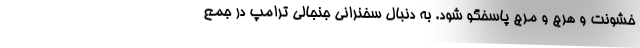
خشونت و هرج و مرج پاسخگو شود. به دنبال سخنرانی جنجالی ترامپ در جمع